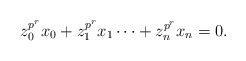
\begin{align*}z_0^{p^r}x_0+z_1^{p^r}x_1\cdots+z_n^{p^r}x_n=0.\end{align*}